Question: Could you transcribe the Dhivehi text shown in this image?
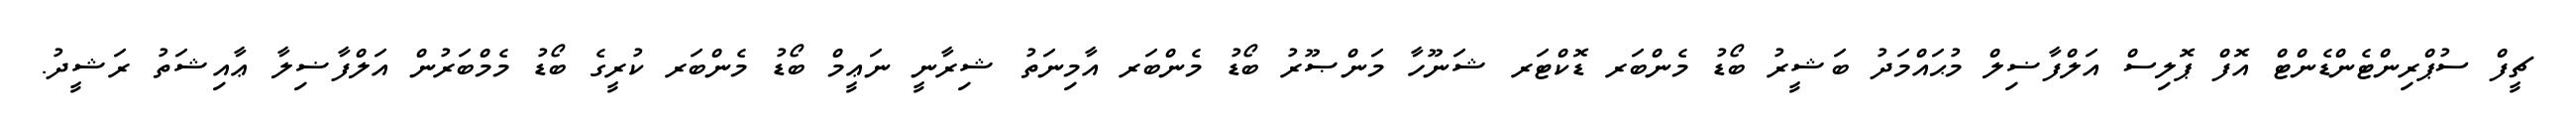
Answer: ޗީފް ސުޕްރިންޓެންޑެންޓް އޮފް ޕޮލިސް އަލްފާޟިލް މުޙައްމަދު ބަޝީރު ބޯޑު މެންބަރ ޑޮކްޓަރ ޝަނޫހާ މަންޞޫރު ބޯޑު މެންބަރ އާމިނަތު ޝިރާނީ ނަޢީމް ބޯޑު މެންބަރ ކުރީގެ ބޯޑު މެމްބަރުން އަލްފާޟިލާ ޢާއިޝަތު ރަޝީދު.